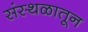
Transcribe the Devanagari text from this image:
संस्थळातून